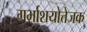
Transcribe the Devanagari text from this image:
गर्भाशयोत्तेजक